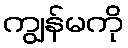
ကျွန်မကို